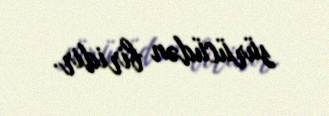
sürücüdən biridir.